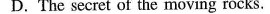
D. The secret of the moving rocks.